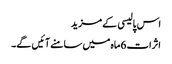
اس پالیسی کے مزید
اثرات 6ماہ میں سامنے آئیں گے۔